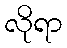
လိုရာ